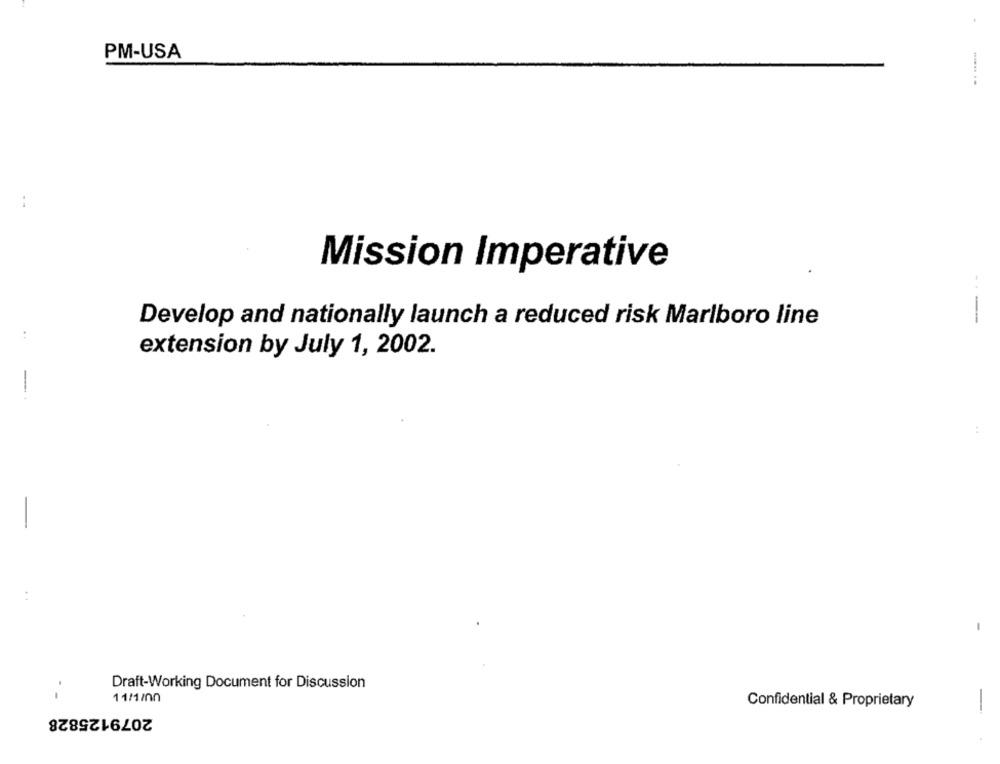
PM-USA
:
Mission Imperative
Develop and nationally launch a reduced risk Marlboro line
:
extension by July 1, 2002.
-
Draft-Working Document for Discussion
-
11/1/00
Confidential & Proprietary
2079125828
-